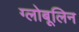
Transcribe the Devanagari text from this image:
ग्लोबूलिन